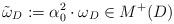
LaTeX: \begin{align*}\tilde \omega_D:= \alpha_0^2 \cdot\omega_D\in M^+(D)\end{align*}